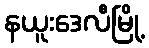
နယူးဒေလီမြို့